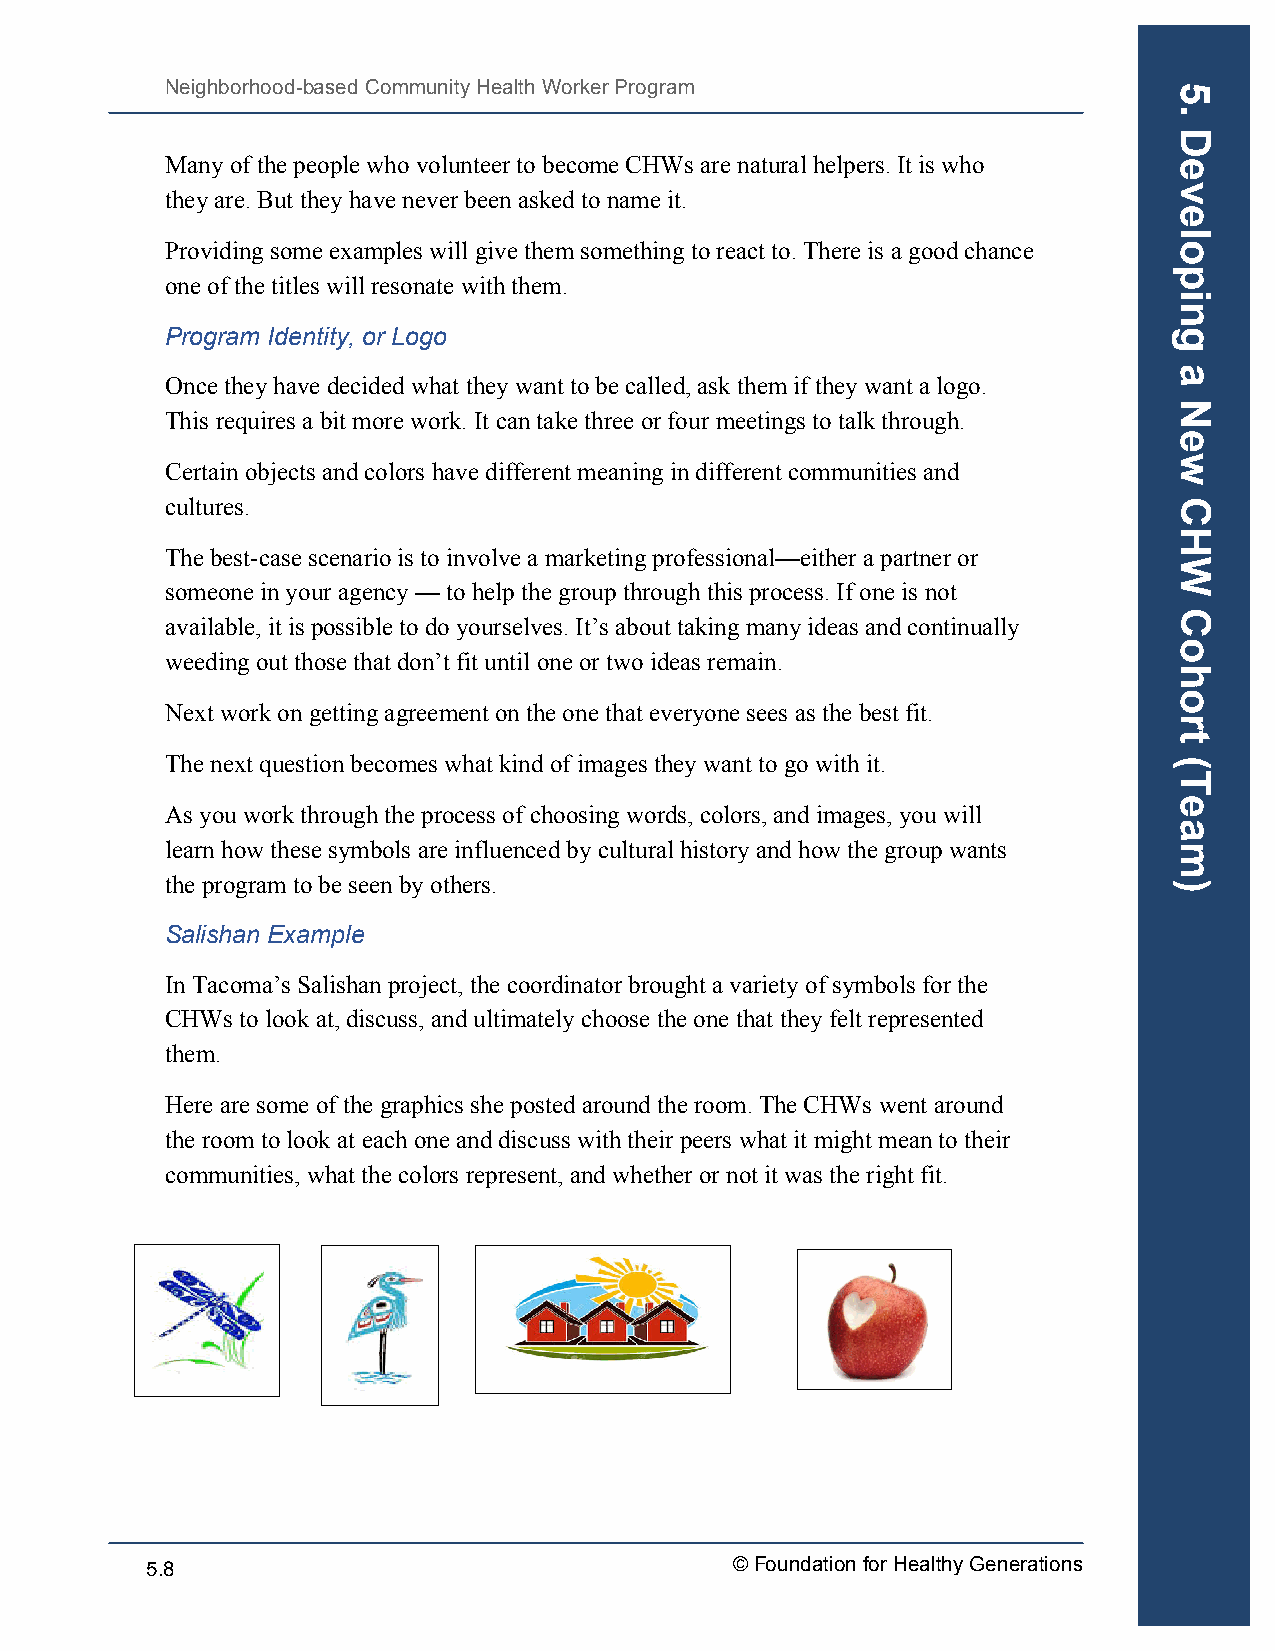
Neighborhood-based Community Health Worker Program
 Many of the people who volunteer to become CHWs are natural helpers. It is who
 they are. But they have never been asked to name it.
 Providing some examples will give them something to react to. There is a good chance
 one of the titles will resonate with them.
 Program Identity, or Logo
 Once they have decided what they want to be called, ask them if they want a logo.
 This requires a bit more work. It can take three or four meetings to talk through.
 Certain objects and colors have different meaning in different communities and
 cultures.
 The best-case scenario is to involve a marketing professional—either a partner or
 someone in your agency — to help the group through this process. If one is not
 available, it is possible to do yourselves. It’s about taking many ideas and continually
 weeding out those that don’t fit until one or two ideas remain.
 Next work on getting agreement on the one that everyone sees as the best fit.
 The next question becomes what kind of images they want to go with it.
 As you work through the process of choosing words, colors, and images, you will
 learn how these symbols are influenced by cultural history and how the group wants
 the program to be seen by others.
 Salishan Example
 In Tacoma’s Salishan project, the coordinator brought a variety of symbols for the
 CHWs to look at, discuss, and ultimately choose the one that they felt represented
 them.
 Here are some of the graphics she posted around the room. The CHWs went around
 the room to look at each one and discuss with their peers what it might mean to their
 communities, what the colors represent, and whether or not it was the right fit.
 5.8                                   © Foundation for Healthy Generations
 5.
 Developing
 a
 New
 CHW
 Cohort
 (Team)